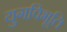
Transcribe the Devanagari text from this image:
युगविभूति